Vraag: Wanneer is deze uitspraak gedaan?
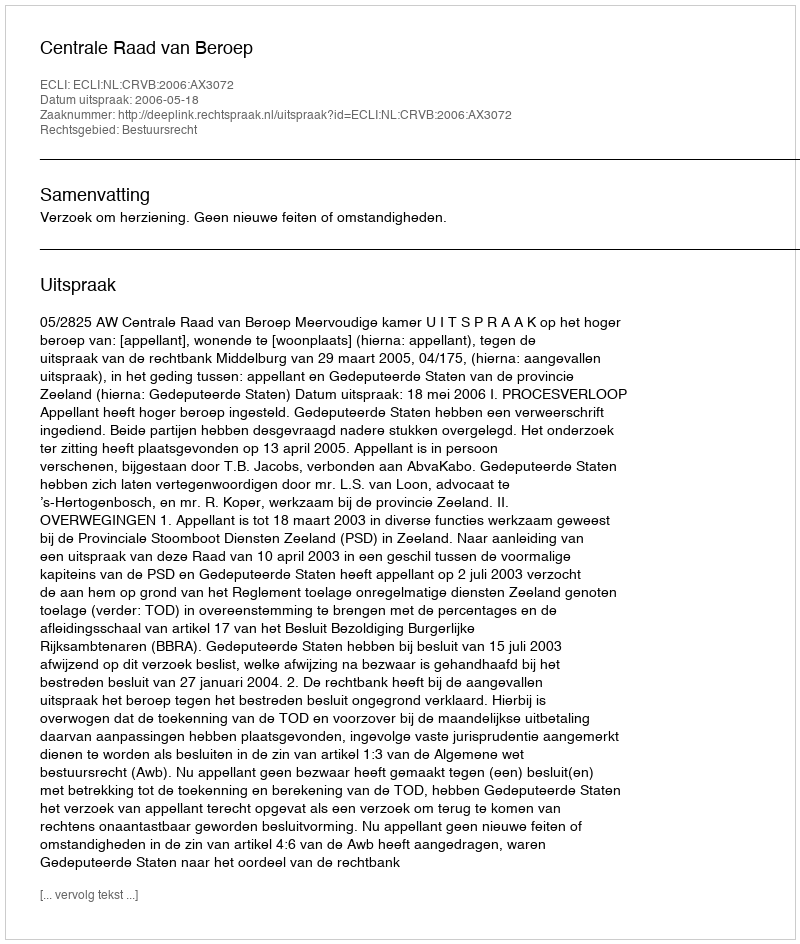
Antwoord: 2006-05-18